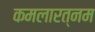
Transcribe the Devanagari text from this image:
कमलारत्नम